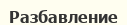
Разбавление